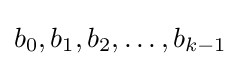
b_{0},b_{1},b_{2},\ldots ,b_{k-1}